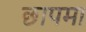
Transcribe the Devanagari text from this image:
छापमा